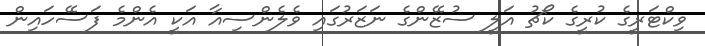
ވިކްޓަރީގެ ކުރީގެ ކޯޗު އަލީ ސުޒޭންގެ ނަޒަރުގައި ވެލެންސިއާ އަކީ އެންމެ ފަސޭހައިން